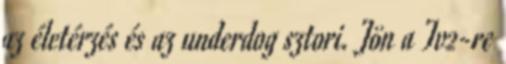
az életérzés és az underdog sztori. Jön a Tv2-re